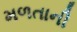
મળતાની